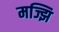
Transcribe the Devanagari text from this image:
मज्झि